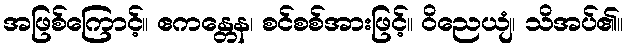
အဖြစ်ကြောင့်။ ဧကန္တေန၊ စင်စစ်အားဖြင့်။ ဝိညေယျံ၊ သိအပ်၏။